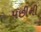
પછીની